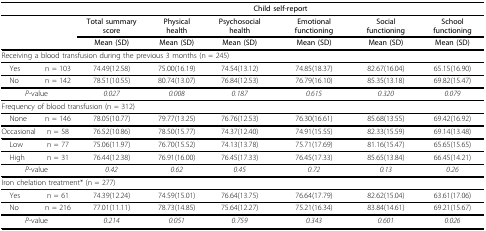
<table><thead><tr><td></td><td></td><td colspan="6"><b>Child self-report</b></td></tr><tr><td></td><td></td><td><b>Total summary score</b></td><td><b>Physical health</b></td><td><b>Psychosocial health</b></td><td><b>Emotional functioning</b></td><td><b>Social functioning</b></td><td><b>School functioning</b></td></tr><tr><td></td><td></td><td><b>Mean (SD)</b></td><td><b>Mean (SD)</b></td><td><b>Mean (SD)</b></td><td><b>Mean (SD)</b></td><td><b>Mean (SD)</b></td><td><b>Mean (SD)</b></td></tr></thead><tbody><tr><td colspan="8">Receiving a blood transfusion during the previous 3 months (n = 245)</td></tr><tr><td> Yes</td><td>n = 103</td><td>74.49(12.58)</td><td>75.00(16.19)</td><td>74.54(13.12)</td><td>74.85(18.37)</td><td>82.67(16.04)</td><td>65.15(16.90)</td></tr><tr><td> No</td><td>n = 142</td><td>78.51(10.55)</td><td>80.74(13.07)</td><td>76.84(12.53)</td><td>76.79(16.10)</td><td>85.35(13.18)</td><td>69.82(15.47)</td></tr><tr><td colspan="2"><i>P</i>-value</td><td><i>0.027</i></td><td><i>0.008</i></td><td><i>0.187</i></td><td><i>0.615</i></td><td><i>0.320</i></td><td><i>0.079</i></td></tr><tr><td colspan="7">Frequency of blood transfusion (n = 312)</td><td></td></tr><tr><td> None</td><td>n = 146</td><td>78.05(10.77)</td><td>79.77(13.25)</td><td>76.76(12.53)</td><td>76.30(16.61)</td><td>85.68(13.55)</td><td>69.42(16.92)</td></tr><tr><td> Occasional</td><td>n = 58</td><td>76.52(10.86)</td><td>78.50(15.77)</td><td>74.37(12.40)</td><td>74.91(15.55)</td><td>82.33(15.59)</td><td>69.14(13.48)</td></tr><tr><td> Low</td><td>n = 77</td><td>75.06(11.97)</td><td>76.70(15.52)</td><td>74.13(13.78)</td><td>75.71(17.69)</td><td>81.16(15.47)</td><td>65.65(15.65)</td></tr><tr><td> High</td><td>n = 31</td><td>76.44(12.38)</td><td>76.91(16.00)</td><td>76.45(17.33)</td><td>76.45(17.33)</td><td>85.65(13.84)</td><td>66.45(14.21)</td></tr><tr><td colspan="2"><i>P</i>-value</td><td><i>0.42</i></td><td><i>0.62</i></td><td><i>0.45</i></td><td><i>0.72</i></td><td><i>0.13</i></td><td><i>0.26</i></td></tr><tr><td colspan="3">Iron chelation treatment* (n = 277)</td><td></td><td></td><td></td><td></td><td></td></tr><tr><td> Yes</td><td>n = 61</td><td>74.39(12.24)</td><td>74.59(15.01)</td><td>76.64(13.75)</td><td>76.64(17.79)</td><td>82.62(15.04)</td><td>63.61(17.06)</td></tr><tr><td> No</td><td>n = 216</td><td>77.01(11.11)</td><td>78.73(14.85)</td><td>75.64(12.27)</td><td>75.21(16.34)</td><td>83.84(14.61)</td><td>69.21(15.67)</td></tr><tr><td colspan="2"><i>P</i>-value</td><td><i>0.214</i></td><td><i>0.051</i></td><td><i>0.759</i></td><td><i>0.343</i></td><td><i>0.601</i></td><td><i>0.026</i></td></tr></tbody></table>